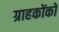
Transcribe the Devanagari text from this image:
ग्राहकोंको